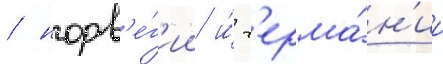
/ норв'е́г'ии и́ г'ерма́н'ии